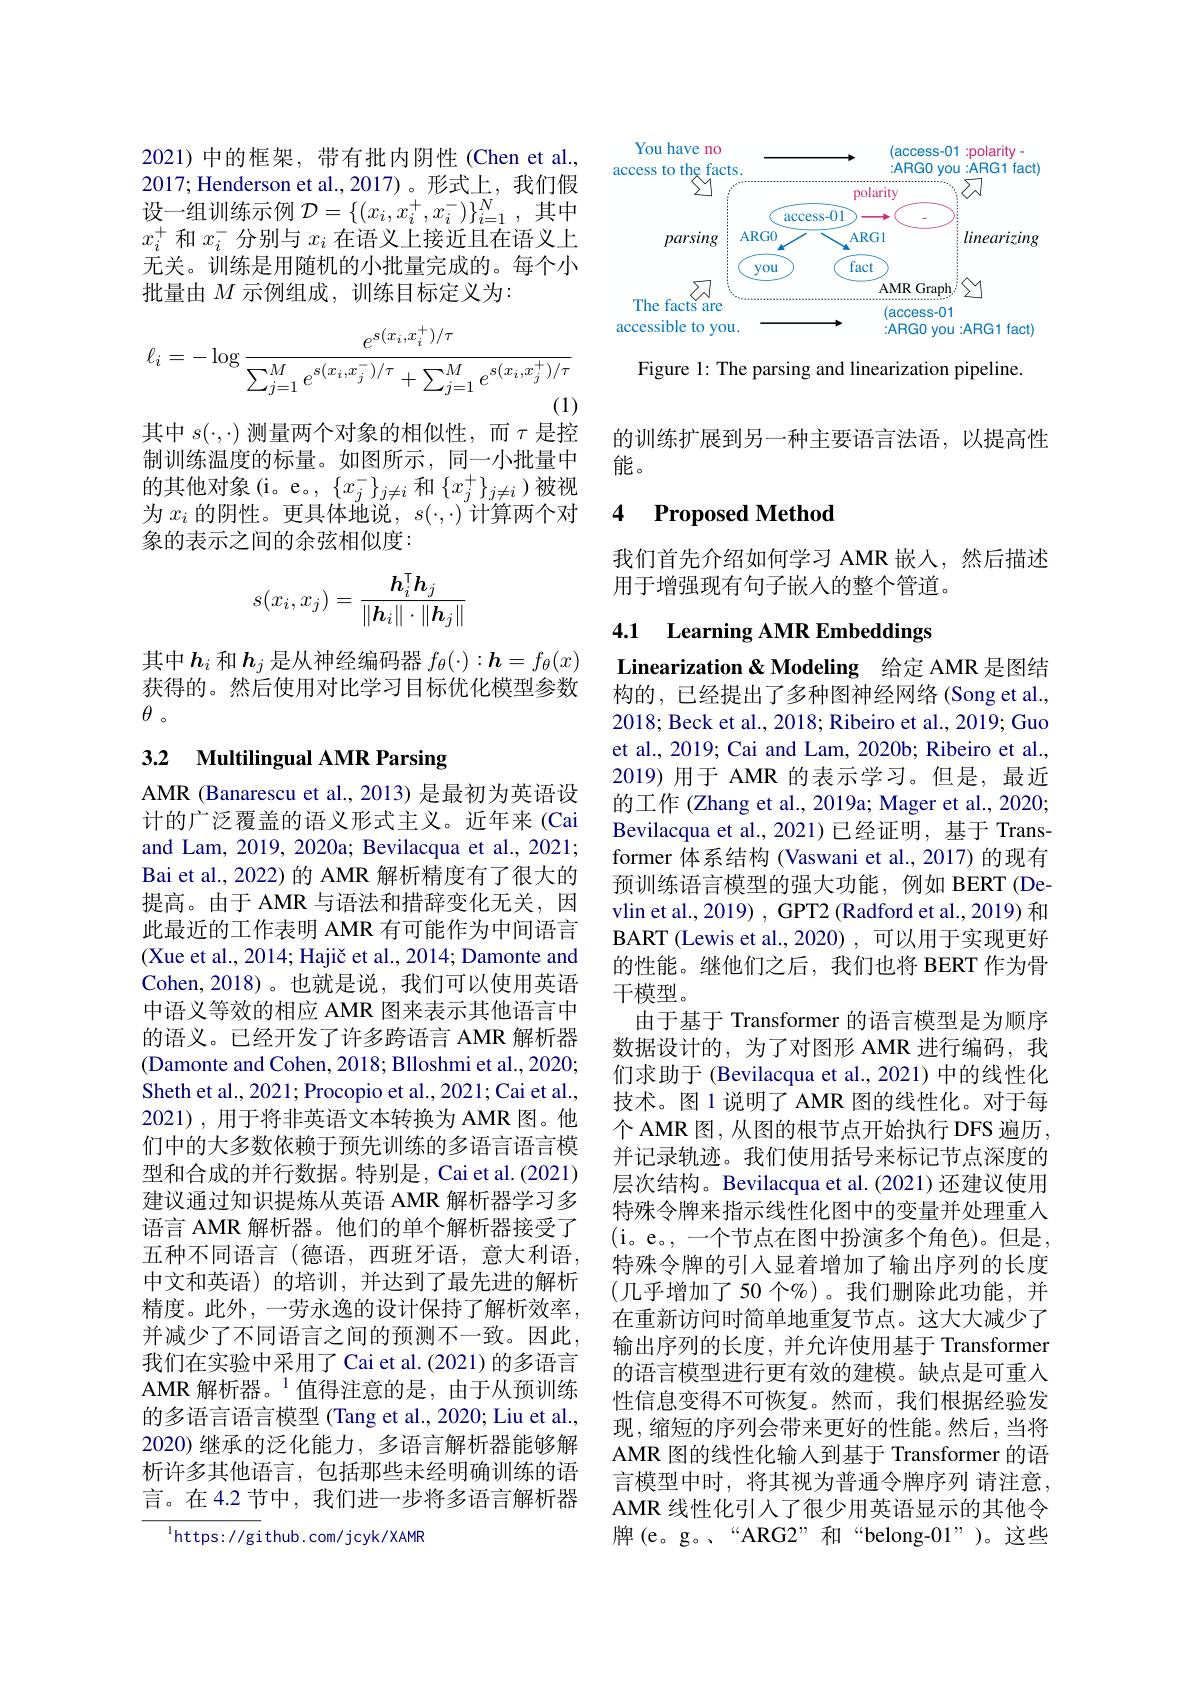
2021)中的框架，带有批内阴性(Chen et al., 2017; Henderson et al.,2017)。形式上，我们假设一组训练示例$\mathcal{D}=\{(x_i,x_i^+,x_i^-)\}_{i=1}^N$,其中$x_i^+$和$x_i^-$分别与$x_i$在语义上接近且在语义上无关。训练是用随机的小批量完成的。每个小批量由$M$示例组成，训练目标定义为：
$$\ell_i=-\log\frac{e^{s(x_i,x_i^+)/\tau}}{\sum_{j=1}^Me^{s(x_i,x_j^-)/\tau}+\sum_{j=1}^Me^{s(x_i,x_j^+)/\tau}}$$
其中$s(\cdot,\cdot)$测量两个对象的相似性，而$\tau$是控

制训练温度的标量。如图所示，同一小批量中的其他对象(i。e。, $\{x_j^-\}_{j\neq i}$和$\{x_j^+\}_{j\neq i}$)被视为$x_i$的阴性。更具体地说，$s(\cdot,\cdot)$计算两个对象的表示之间的余弦相似度：
$$s(x_i,x_j)=\frac{h_i^\intercal h_j}{\|h_i\|\cdot\|h_j\|}$$
其中$h_i$ 和$h_j$ 是从神经编码器 $f_\theta(\cdot):\boldsymbol{h}=f_\theta(x)$ 获得的。然后使用对比学习目标优化模型参数$\theta$。

### 3.2 Multilingual AMR Parsing

AMR (Banarescu et al., 2013) 是最初为英语设计的广泛覆盖的语义形式主义。近年来(Cai and Lam, 2019, 2020a; Bevilacqua et al., 2021; Bai et al., 2022) 的 AMR 解析精度有了很大的提高。由于 AMR 与语法和措辞变化无关，因此最近的工作表明 AMR 有可能作为中间语言(Xue et al., 2014; Hajič et al., 2014; Damonte and Cohen,2018)。也就是说，我们可以使用英语中语义等效的相应 AMR 图来表示其他语言中的语义。已经开发了许多跨语言 AMR 解析器(Damonte and Cohen, 2018; Blloshmi et al., 2020; Sheth et al., 2021; Procopio et al., 2021; Cai et al., 2021),用于将非英语文本转换为 AMR 图。他们中的大多数依赖于预先训练的多语言语言模型和合成的并行数据。特别是，Cai et al.(2021) 建议通过知识提炼从英语 AMR 解析器学习多语言 AMR 解析器。他们的单个解析器接受了五种不同语言(德语，西班牙语，意大利语， 中文和英语)的培训，并达到了最先进的解析精度。此外，一劳永逸的设计保持了解析效率， 并减少了不同语言之间的预测不一致。因此， 我们在实验中采用了 Cai et al.(2021) 的多语言AMR 解析器。$^{1}$值得注意的是，由于从预训练的多语言语言模型 (Tang et al., 2020; Liu et al., 2020) 继承的泛化能力，多语言解析器能够解析许多其他语言，包括那些未经明确训练的语言。在 4.2 节中，我们进一步将多语言解析器

$^{\mathrm{l}}$https://github.com/jcyk/XAMR

<FigureHere>

Figure 1: The parsing and linearization pipeline.

的训练扩展到另一种主要语言法语，以提高性
能。

### 4 $\textbf{Proposed Method}$

我们首先介绍如何学习 AMR 嵌人，然后描述
用于增强现有句子嵌入的整个管道。

4.1 Learning AMR Embeddings

Linearization & Modeling 给定 AMR 是图结构的，已经提出了多种图神经网络(Song et al., 2018; Beck et al., 2018; Ribeiro et al., 2019; Guo et al., 2019; Cai and Lam, 2020b; Ribeiro et al., 2019)用于 AMR 的表示学习。但是，最近的工作 (Zhang et al., 2019a; Mager et al., 2020; Bevilacqua et al., 2021) 已经证明，基于 Transformer 体系结构 (Vaswani et al., 2017) 的现有预训练语言模型的强大功能，例如 BERT(Devlin et al., 2019) , GPT2 (Radford et al., 2019) 和BART (Lewis et al.,2020) ,可以用于实现更好的性能。继他们之后，我们也将 BERT 作为骨干模型。
由于基于 Transformer 的语言模型是为顺序数据设计的，为了对图形 AMR 进行编码，我们求助于 (Bevilacqua et al., 2021) 中的线性化技术。图 1 说明了 AMR 图的线性化。对于每个 AMR 图，从图的根节点开始执行 DFS 遍历， 并记录轨迹。我们使用括号来标记节点深度的层次结构。Bevilacqua et al.(2021) 还建议使用特殊令牌来指示线性化图中的变量并处理重人(i。e。,一个节点在图中扮演多个角色)。但是， 特殊令牌的引入显着增加了输出序列的长度(几乎增加了50 个%)。我们删除此功能，并在重新访问时简单地重复节点。这大大减少了输出序列的长度，并允许使用基于 Transformer 的语言模型进行更有效的建模。缺点是可重人性信息变得不可恢复。然而，我们根据经验发现，缩短的序列会带来更好的性能。然后，当将AMR 图的线性化输入到基于 Transformer 的语言模型中时，将其视为普通令牌序列 请注意， AMR 线性化引入了很少用英语显示的其他令牌(e。g。、“ARG2”和“belong-01”)。这些